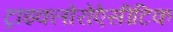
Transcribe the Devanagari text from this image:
ट्राइक्लोरोऐसीटिक